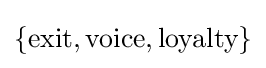
\{{\text{exit}},{\text{voice}},{\text{loyalty}}\}